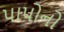
પાપોનો